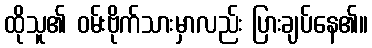
ထိုသူ၏ ဝမ်းဗိုက်သားမှာလည်း ပြားချပ်နေ၏။